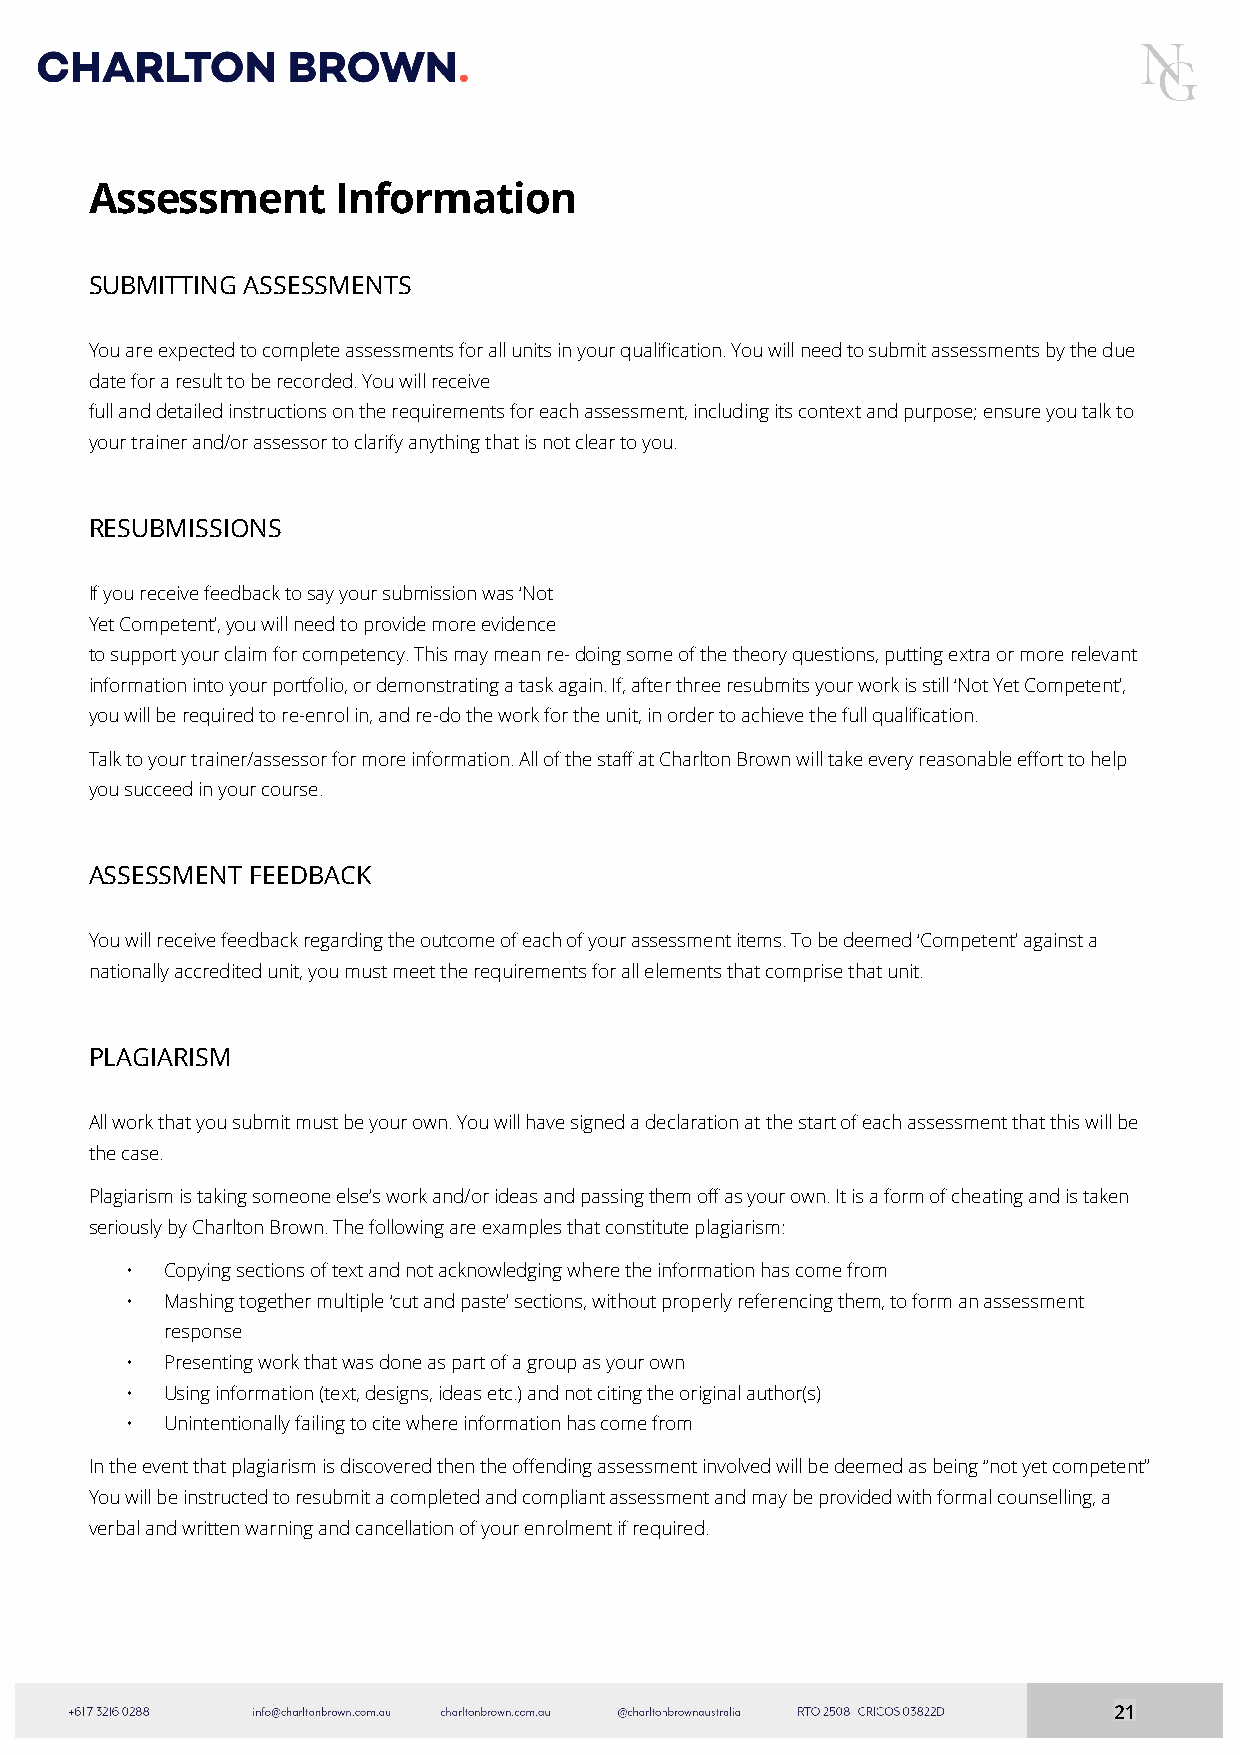
Assessment      Information
 SUBMITTING ASSESSMENTS
 You are expected to complete assessments for all units in your qualification. You will need to submit assessments by the due
 date for a result to be recorded. You will receive
 full and detailed instructions on the requirements for each assessment, including its context and purpose; ensure you talk to
 your trainer and/or assessor to clarify anything that is not clear to you.
 RESUBMISSIONS
 If you receive feedback to say your submission was ‘Not
 Yet Competent’, you will need to provide more evidence
 to support your claim for competency. This may mean re- doing some of the theory questions, putting extra or more relevant
 information into your portfolio, or demonstrating a task again. If, after three resubmits your work is still ‘Not Yet Competent’,
 you will be required to re-enrol in, and re-do the work for the unit, in order to achieve the full qualification.
 Talk to your trainer/assessor for more information. All of the staff at Charlton Brown will take every reasonable effort to help
 you succeed in your course.
 ASSESSMENT FEEDBACK
 You will receive feedback regarding the outcome of each of your assessment items. To be deemed ‘Competent’ against a
 nationally accredited unit, you must meet the requirements for all elements that comprise that unit.
 PLAGIARISM
 All work that you submit must be your own. You will have signed a declaration at the start of each assessment that this will be
 the case.
 Plagiarism is taking someone else’s work and/or ideas and passing them off as your own. It is a form of cheating and is taken
 seriously by Charlton Brown. The following are examples that constitute plagiarism:
 •  Copying sections of text and not acknowledging where the information has come from
 •  Mashing together multiple ‘cut and paste’ sections, without properly referencing them, to form an assessment
 response
 •  Presenting work that was done as part of a group as your own
 •  Using information (text, designs, ideas etc.) and not citing the original author(s)
 •  Unintentionally failing to cite where information has come from
 In the event that plagiarism is discovered then the offending assessment involved will be deemed as being “not yet competent”
 You will be instructed to resubmit a completed and compliant assessment and may be provided with formal counselling, a
 verbal and written warning and cancellation of your enrolment if required.
 21